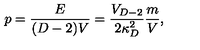
p = { \frac { E } { ( D - 2 ) V } } = { \frac { V _ { D - 2 } } { 2 \kappa _ { D } ^ { 2 } } } { \frac { m } { V } } ,